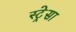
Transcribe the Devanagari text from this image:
स्ट्रेसा